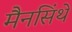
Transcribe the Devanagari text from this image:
मैनसिंथे